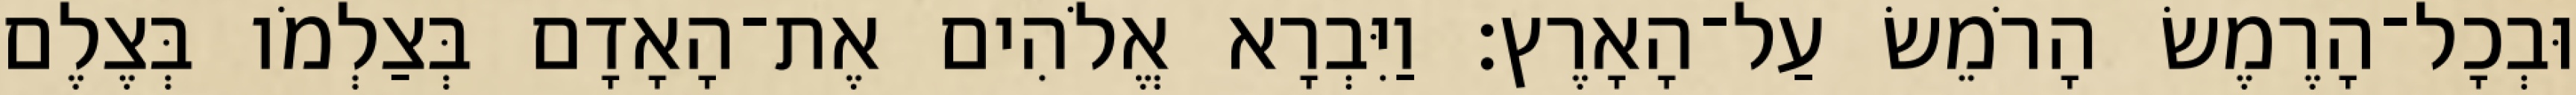
וּבְכָל־הָרֶמֶשׂ הָרֹמֵשׂ עַל־הָאָרֶץ׃ וַיִּבְרָא אֱלֹהִים אֶת־הָאָדָם בְּצַלְמֹו בְּצֶלֶם